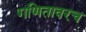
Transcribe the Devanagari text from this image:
गणितावरच